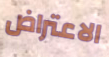
الاعتراض